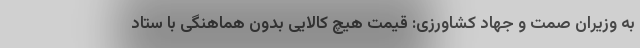
به وزیران صمت و جهاد کشاورزی: قیمت هیچ کالایی بدون هماهنگی با ستاد